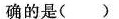
确的是( )